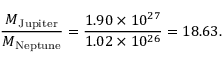
{ \frac { M _ { \mathrm { J u p i t e r } } } { M _ { \mathrm { N e p t u n e } } } } = { \frac { 1 . 9 0 \times 1 0 ^ { 2 7 } } { 1 . 0 2 \times 1 0 ^ { 2 6 } } } = 1 8 . 6 3 .